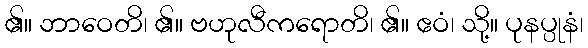
၏။ ဘာဝေတိ၊ ၏။ ဗဟုလီကရောတိ၊ ၏။ ဧဝံ၊ သို့။ ပုနပ္ပုနံ၊